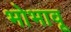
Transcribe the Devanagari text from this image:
भोभावू